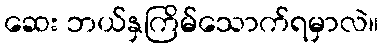
ဆေး ဘယ်နှကြိမ်သောက်ရမှာလဲ။